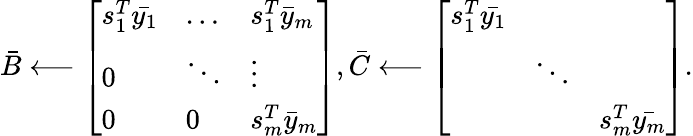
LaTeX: \bar{B}\longleftarrow\left[\begin{array}{lll}{s_{1}^{T}\bar{y_{1}}}&{\dots}&{s_{1}^{T}\bar{y}_{m}}\\ {0}&{\ddots}&{\vdots}\\ {0}&{0}&{s_{m}^{T}\bar{y}_{m}}\end{array}\right],\bar{C}\longleftarrow\left[\begin{array}{lll}{{s_{1}^{T}\bar{y_{1}}}}&&\\ &{\ddots}&\\ &&{{s_{m}^{T}}\bar{y_{m}}}\end{array}\right].